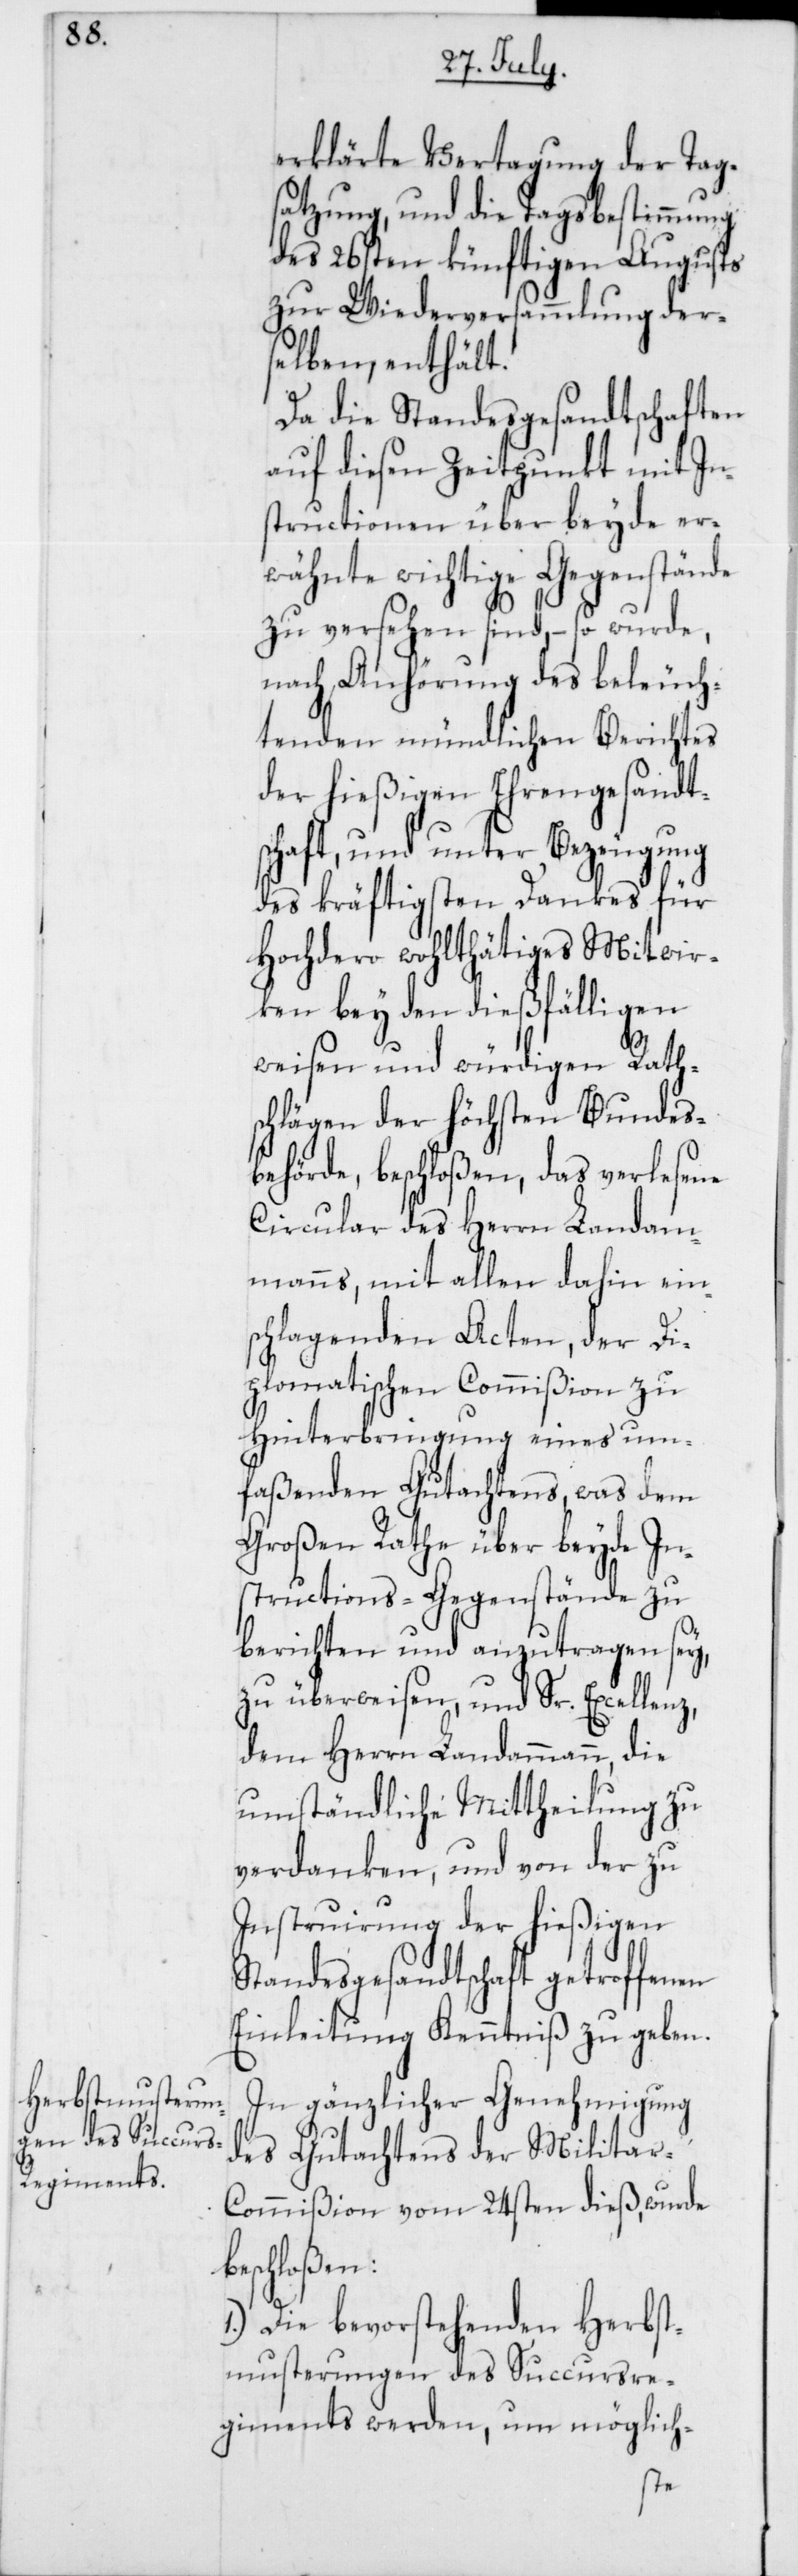
erklärte Vertagung der Tag¬
satzung, und die Tagsbestimmung
des 26sten künftigen Augusts
zur Wiederversammlung der¬
selben enthält.
Da die Standesgesandtschaften
auf diesen Zeitpunkt mit In¬
structionen über beyde er¬
wähnte wichtige Gegenstände
zu versehen sind, – so wurde,
nach Anhörung des beleuch¬
tenden mündlichen Berichtes
der hießigen Ehrengesandt¬
schaft, und unter Bezeugung
des kräftigsten Dankes für
Hochdero wohlthätiges Mitwir¬
ken bey den dießfälligen
weisen und würdigen Rath¬
schlägen der höchsten Bundes¬
behörde, beschloßen, das verlesene
Circular des Herrn Landam¬
manns, mit allen dahin ein¬
schlagenden Acten, der Di¬
plomatischen Commißion zu
Hinterbringung eines um¬
faßenden Gutachtens, was dem
Großen Rathe über beyde In¬
structions-Gegenstände zu
berichten und anzutragen sey,
zu überweisen, und Sr. Excellenz,
dem Herrn Landammann, die
umständliche Mittheilung zu
verdanken, und von der zu
Instruirung der hießigen
Standesgesandtschaft getroffenen
Einleitung Kenntniß zu geben.
In gänzlicher Genehmigung
des Gutachtens der Militar-C¬
ommißion vom 24sten dieß, wurde
beschloßen:
1.) Die bevorstehenden Herbst¬
musterungen des Succursre¬
giments werden, um möglich-